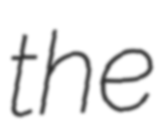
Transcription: the